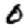
Digit: 0